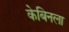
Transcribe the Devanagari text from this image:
केबिनला